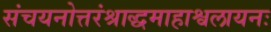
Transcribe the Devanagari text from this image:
संचयनोत्तरंश्राद्धमाहाश्वलायनः